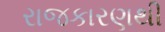
રાજકારણથી